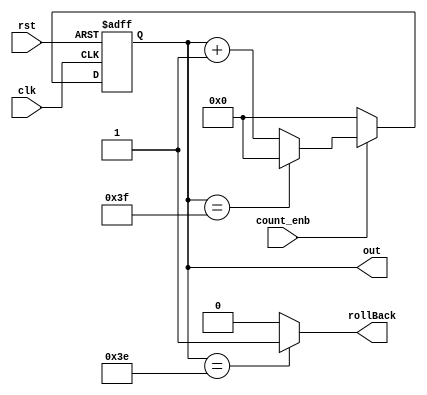
module counter
#(parameter LENGTH = 64)
(
input clk,
input rst,
input count_enb,
output reg [LENGTH-1:0]out,
output reg rollBack
);

assign rollBack = (out == LENGTH - 2) ? 1'b1 : 1'b0; //for sync the start counting and states.

always@(posedge clk, posedge rst)
begin:counter
	//rollBack <= 0;
	if(rst == 1'b1)
		out <= 0;
	
	else if (count_enb == 1'b1)
	begin
		if(out == LENGTH - 1) //rollBack
		begin
			out <= 0;
		end
		else
			out <= out + 1;
	end
	
	else
		out <= 0; //default in order to synthesize tool don't make a latch.
end

endmodule